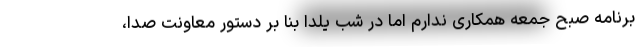
برنامه صبح جمعه همکاری ندارم اما در شب یلدا بنا بر دستور معاونت صدا،